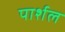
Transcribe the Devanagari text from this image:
पार्शल